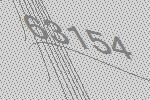
63154